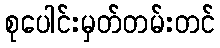
စုပေါင်းမှတ်တမ်းတင်